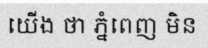
យើង ថា ភ្នំពេញ មិន